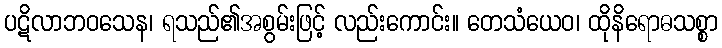
ပဋိလာဘဝသေန၊ ရသည်၏အစွမ်းဖြင့် လည်းကောင်း။ တေသံယေဝ၊ ထိုနိရောဓသစ္စာ